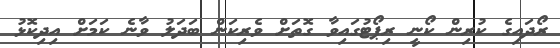
ރޯދައިގެ ކުރިން ކޯނީ ރިޕޯޓުގައިވާ ގޮތަށް ވެރިކަން ބަދަލު ވާނެ ކަމަށް އިދިކޮޅު